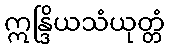
ဣန္ဒြိယသံယုတ္တံ